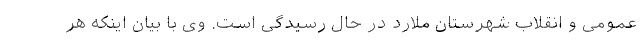
عمومی و انقلاب شهرستان ملارد در حال رسیدگی است. وی با بیان اینکه هر